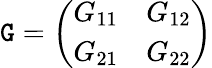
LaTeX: \mathtt{G}={\left(\begin{array}{ll}{G_{11}}&{G_{12}}\\ {G_{21}}&{G_{22}}\end{array}\right)}